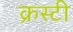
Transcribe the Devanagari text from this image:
क्रस्टी